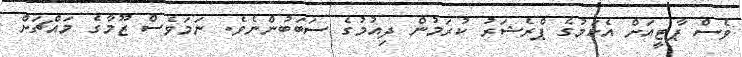
ވެސް ޕާޓީއަށް އެކަމުގެ ޕްރެޝަރު ކުރަމުން ދިއުމުގެ ސަބަބުންނެވެ. ނަމަވެސް ޒޫމާގެ މައްޗަށް